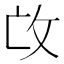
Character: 𢻬